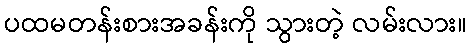
ပထမတန်းစားအခန်းကို သွားတဲ့ လမ်းလား။